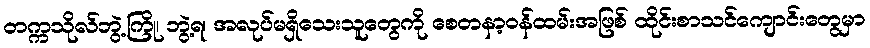
တက္ကသိုလ်ဘွဲ့ကြို၊ ဘွဲ့ရ၊ အလုပ်မရှိသေးသူတွေကို စေတနာ့ဝန်ထမ်းအဖြစ် ထိုင်းစာသင်ကျောင်းတွေမှာ